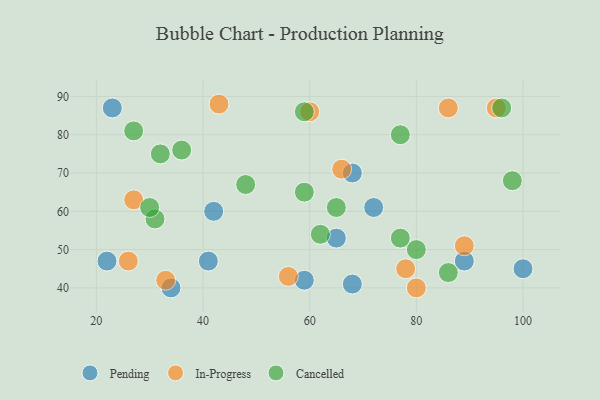
{"axis": {"x": "GDP", "y": "Life Expectancy"}, "legend": ["Cancelled", "In-Progress", "Pending"], "data": [{"x": "65", "y": 53, "type": "Pending"}, {"x": "23", "y": 87, "type": "Pending"}, {"x": "59", "y": 42, "type": "Pending"}, {"x": "72", "y": 61, "type": "Pending"}, {"x": "34", "y": 40, "type": "Pending"}, {"x": "89", "y": 47, "type": "Pending"}, {"x": "41", "y": 47, "type": "Pending"}, {"x": "100", "y": 45, "type": "Pending"}, {"x": "68", "y": 41, "type": "Pending"}, {"x": "68", "y": 70, "type": "Pending"}, {"x": "22", "y": 47, "type": "Pending"}, {"x": "42", "y": 60, "type": "Pending"}, {"x": "89", "y": 51, "type": "In-Progress"}, {"x": "95", "y": 87, "type": "In-Progress"}, {"x": "33", "y": 42, "type": "In-Progress"}, {"x": "26", "y": 47, "type": "In-Progress"}, {"x": "86", "y": 87, "type": "In-Progress"}, {"x": "56", "y": 43, "type": "In-Progress"}, {"x": "66", "y": 71, "type": "In-Progress"}, {"x": "43", "y": 88, "type": "In-Progress"}, {"x": "27", "y": 63, "type": "In-Progress"}, {"x": "60", "y": 86, "type": "In-Progress"}, {"x": "78", "y": 45, "type": "In-Progress"}, {"x": "80", "y": 40, "type": "In-Progress"}, {"x": "31", "y": 58, "type": "Cancelled"}, {"x": "77", "y": 80, "type": "Cancelled"}, {"x": "65", "y": 61, "type": "Cancelled"}, {"x": "59", "y": 86, "type": "Cancelled"}, {"x": "32", "y": 75, "type": "Cancelled"}, {"x": "86", "y": 44, "type": "Cancelled"}, {"x": "80", "y": 50, "type": "Cancelled"}, {"x": "62", "y": 54, "type": "Cancelled"}, {"x": "59", "y": 65, "type": "Cancelled"}, {"x": "48", "y": 67, "type": "Cancelled"}, {"x": "36", "y": 76, "type": "Cancelled"}, {"x": "27", "y": 81, "type": "Cancelled"}, {"x": "96", "y": 87, "type": "Cancelled"}, {"x": "98", "y": 68, "type": "Cancelled"}, {"x": "30", "y": 61, "type": "Cancelled"}, {"x": "77", "y": 53, "type": "Cancelled"}]}